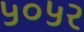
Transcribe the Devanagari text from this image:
५०५२